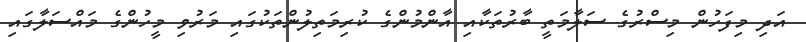
އަދި މިފަހުން މިސްރުގެ ސަލާމަތީ ބާރުތަކާއި އާންމުންގެ ކުރިމަތިލުންތަކުގައި މަރުވި މީހުންގެ މައްސަލާގައި